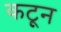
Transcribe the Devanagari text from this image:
कटून